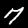
Digit: 7